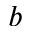
\boldsymbol { b }